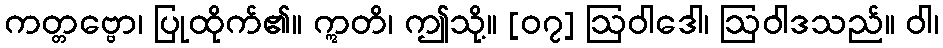
ကတ္တဗ္ဗော၊ ပြုထိုက်၏။ ဣတိ၊ ဤသို့။ [၀၇] ဩဝါဒေါ၊ ဩဝါဒသည်။ ဝါ၊